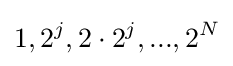
1,2^{j},2\cdot {2^{j}},...,2^{N}